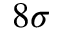
8 \sigma